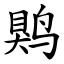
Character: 䴗